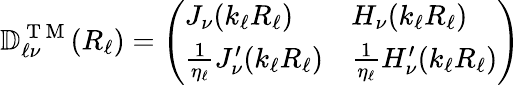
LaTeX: \mathbb{D}_{\ell\nu}^{\mathrm{~T~M~}}(R_{\ell})=\left(\begin{array}{ll}{J_{\nu}(k_{\ell}R_{\ell})}&{H_{\nu}(k_{\ell}R_{\ell})}\\ {\frac{1}{\eta_{\ell}}J_{\nu}^{\prime}(k_{\ell}R_{\ell})}&{\frac{1}{\eta_{\ell}}H_{\nu}^{\prime}(k_{\ell}R_{\ell})}\end{array}\right)